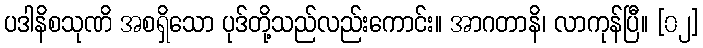
ပဒါနိစသုဏိ အစရှိသော ပုဒ်တို့သည်လည်းကောင်း။ အာဂတာနိ၊ လာကုန်ပြီ။ [၀၂]